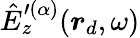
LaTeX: \hat{E}_{z}^{\prime(\alpha)}(\boldsymbol{r}_{d},\omega)